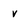
Character: V